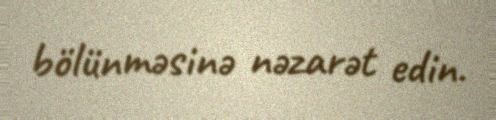
bölünməsinə nəzarət edin.